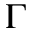
\Gamma